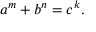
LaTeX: a ^ { m } + b ^ { n } = c ^ { k } .